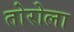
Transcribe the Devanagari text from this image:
तोरोला